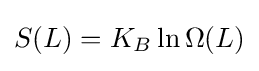
{\begin{aligned}S(L)=K_{B}\ln \Omega (L)\end{aligned}}